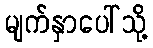
မျက်နှာပေါ်သို့